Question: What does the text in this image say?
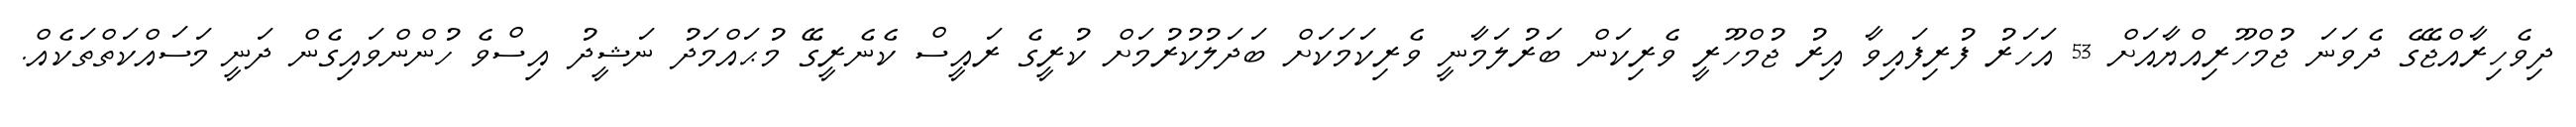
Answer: ދިވެހިރާއްޖޭގެ ދެވަނަ ޖުމްހޫރިއްޔާއަށް 53 އަހަރު ފުރިފައިވާ އިރު ޖުމްހޫރީ ވެރިކަން ބަރުލަމާނީ ވެރިކަމަކަށް ބަދަލުކުރުމަށް ކުރީގެ ރައީސް ކެނެރީގޭ މުޙައްމަދު ނަޝީދު އިސްވެ ހުންންވައިގެން ދަނީ މަސައްކަތްތަކެއް.